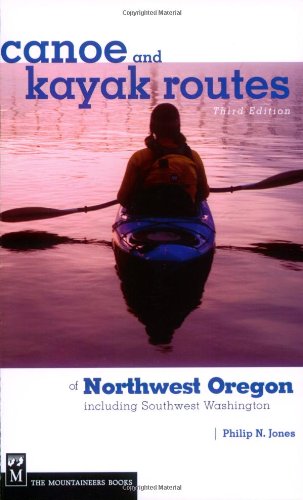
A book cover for Canoe and Kayak Routes of Northwest Oregon: Including Southwest Washington; Philip N. Jones; Sports & Outdoors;